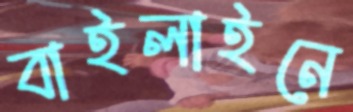
বাইলাইনে